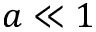
a \ll 1